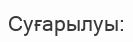
Суғарылуы: